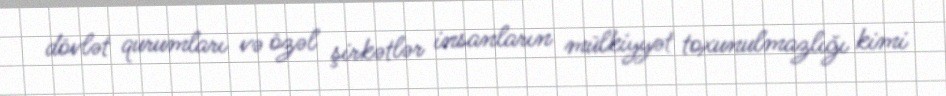
dövlət qurumları və özəl şirkətlər insanların mülkiyyət toxunulmazlığı kimi